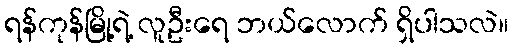
ရန်ကုန်မြို့ရဲ့ လူဦးရေ ဘယ်လောက် ရှိပါသလဲ။